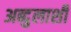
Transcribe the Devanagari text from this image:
अब्दुलाशी